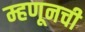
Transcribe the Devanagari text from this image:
म्हणूनची